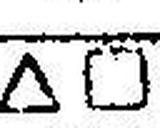
∆□